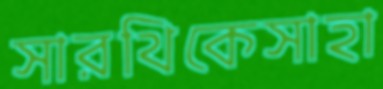
সারথিকেসাহা